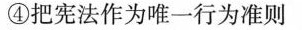
④把宪法作为唯一行为准则